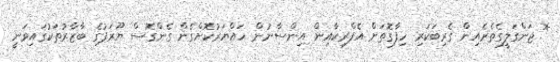
* ޖަންގަލީގެތެރެއިން ގެރިބަކަރި ހިފާގޮތަށް އެފްރިކާއިން އިންސާނުން ހައްޔަރުކޮށްގެން ގެންގޮސް ޔޫރަޕުގެ ބާޒާރުތަކުގައިވަނީ